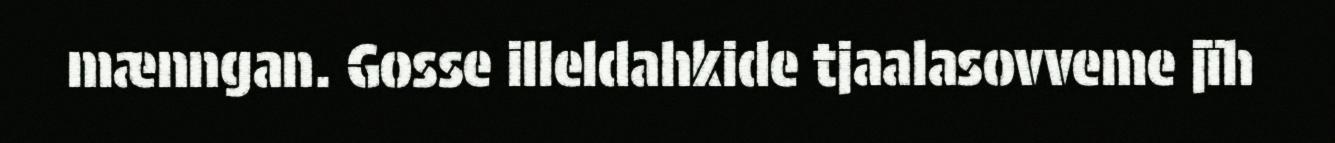
mænngan. Gosse illeldahkide tjaalasovveme jïh